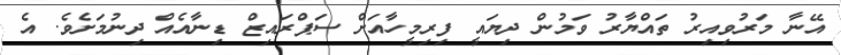
އޭނާ މަރުވިއިރު ތައްޔާރު ވަމުން ދިޔައީ ފިރިމީހާއަށް ސަޕްރައިޒް ޑިނާއެއް ދިނުމަށެވެ. އެ